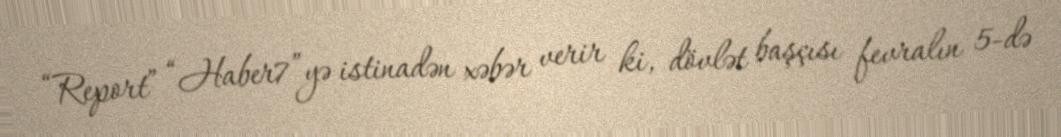
“Report” “Haber7”yə istinadən xəbər verir ki, dövlət başçısı fevralın 5-də